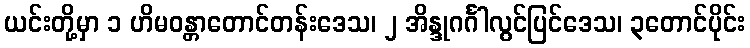
ယင်းတို့မှာ ၁ ဟိမဝန္တာတောင်တန်းဒေသ၊ ၂ အိန္ဒုဂင်္ဂါလွင်ပြင်ဒေသ၊ ၃တောင်ပိုင်း